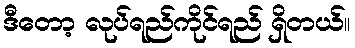
ဒီတော့ လုပ်ရည်ကိုင်ရည် ရှိတယ်။